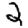
Digit: 2